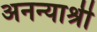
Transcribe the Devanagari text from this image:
अनन्याश्री